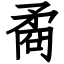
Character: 矞